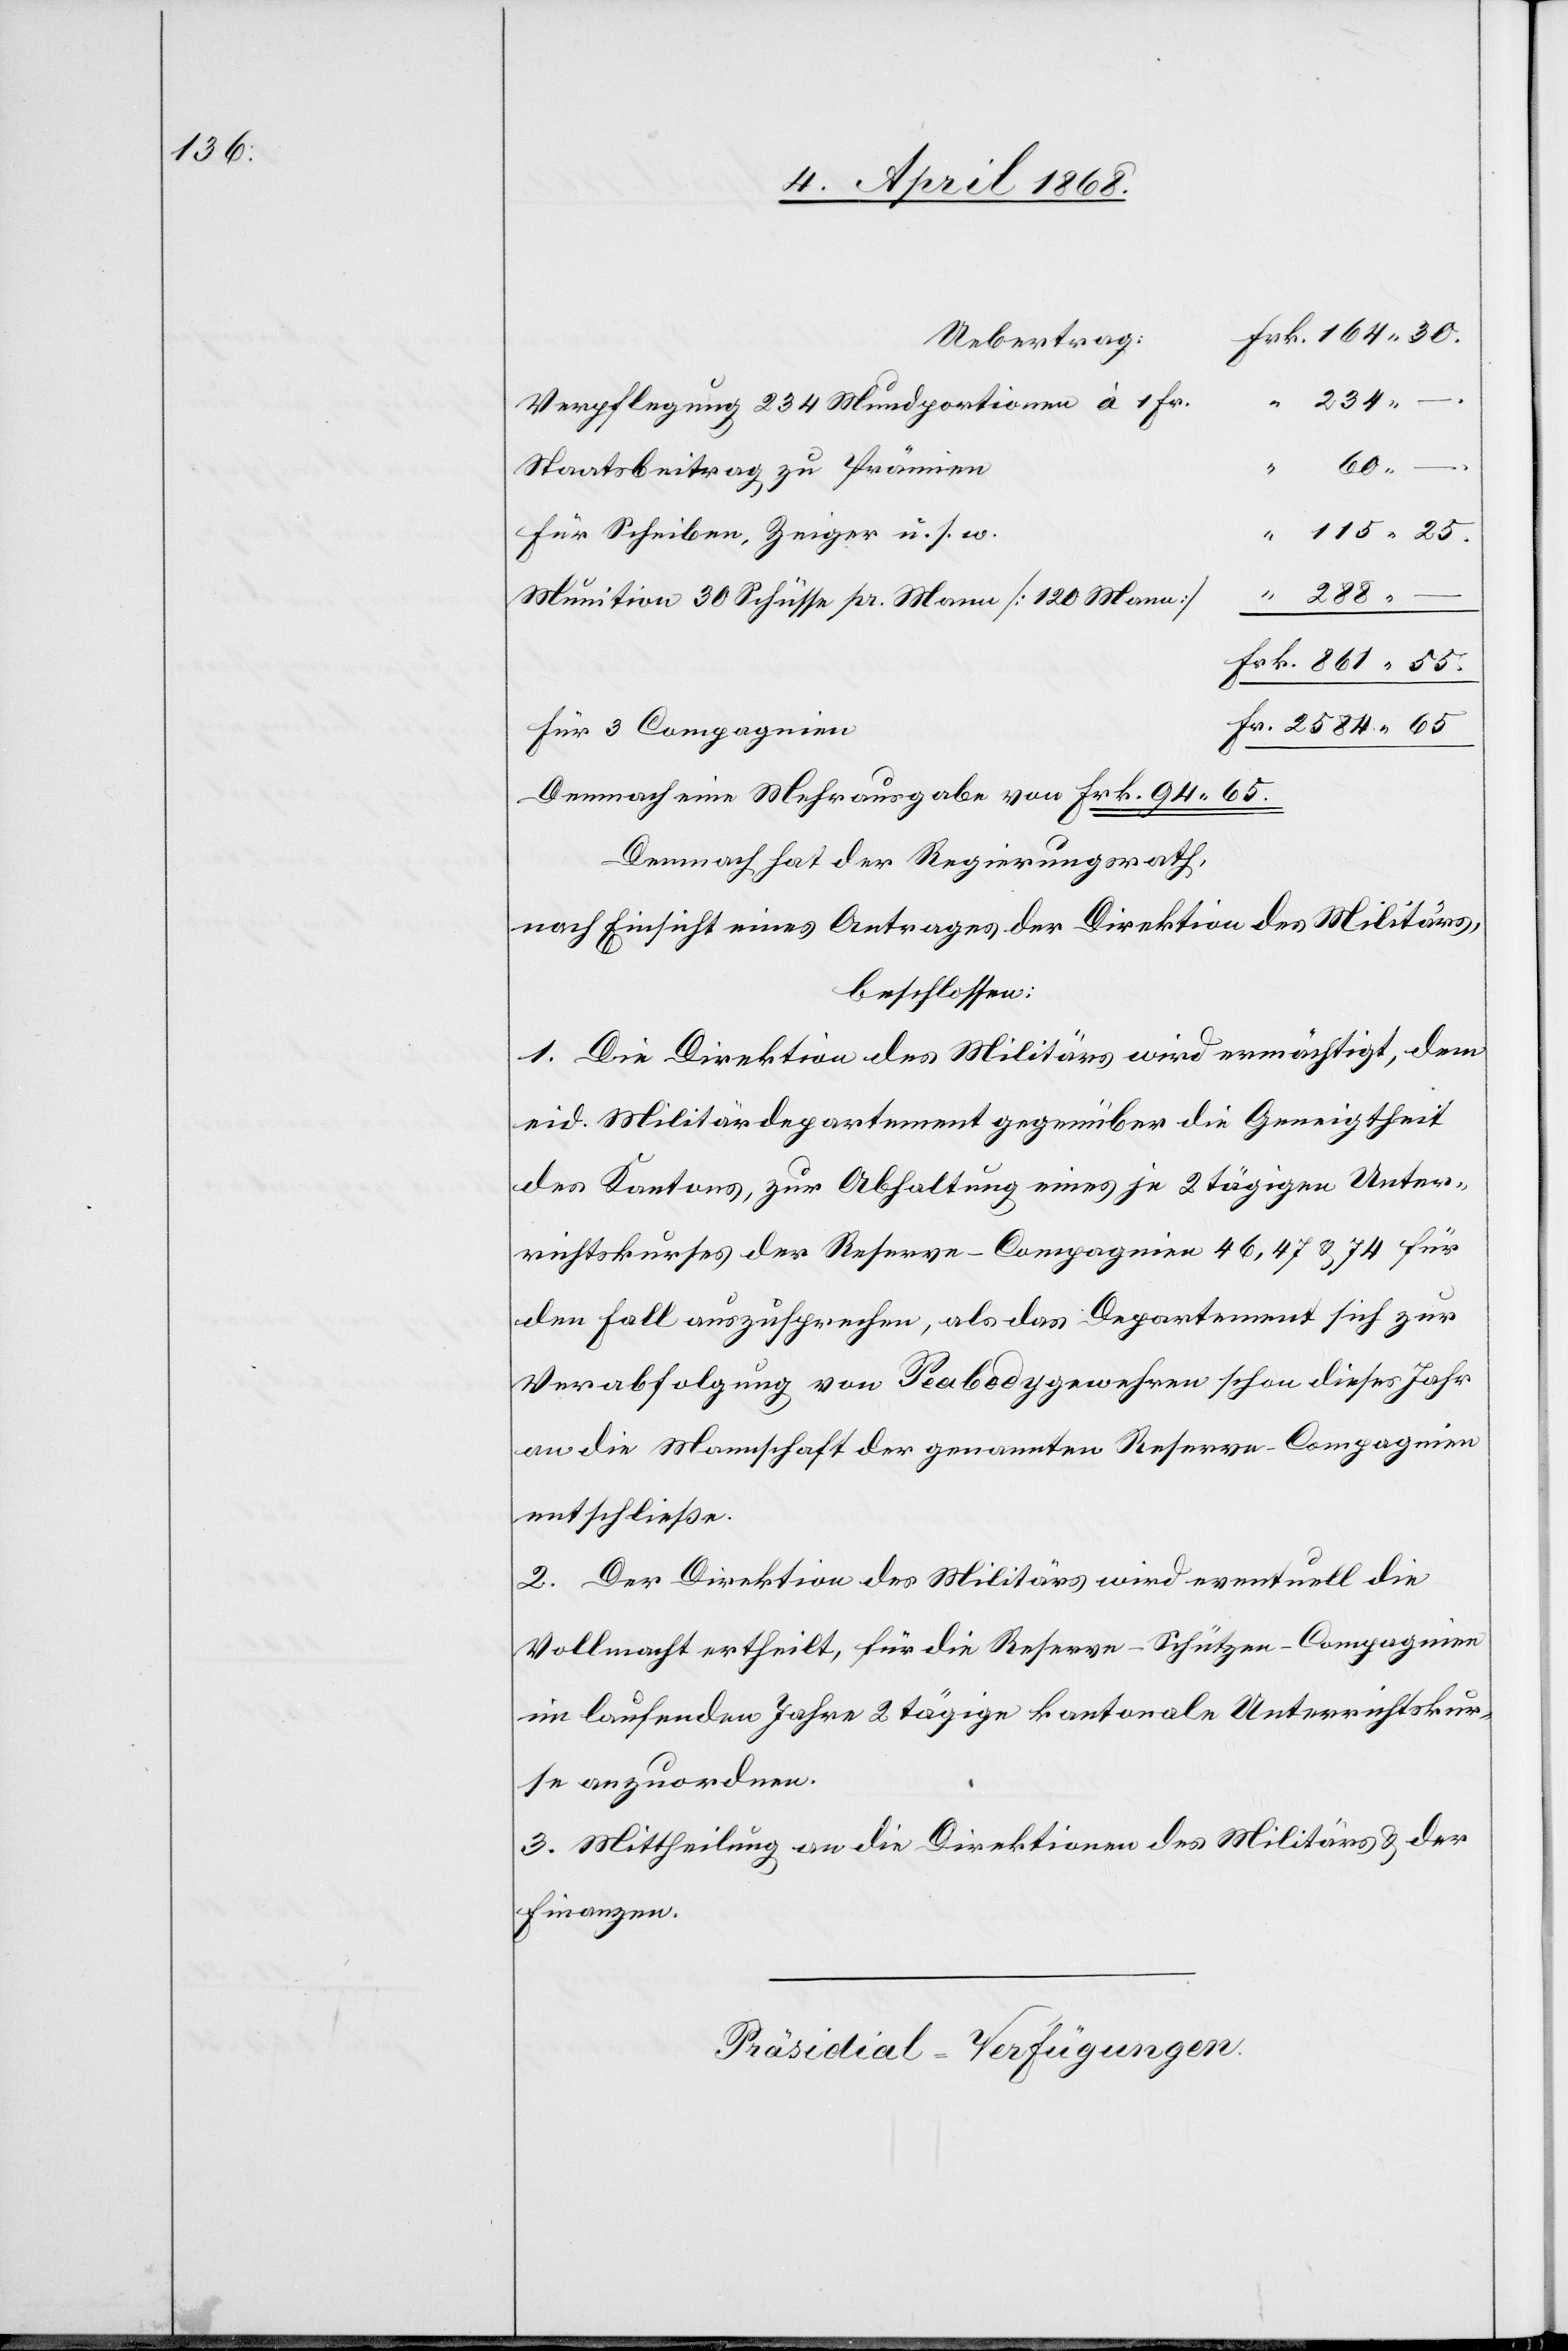
“ 234.
Verpflegung 234 Mundportionen à 1 Fr.
.
60.
Staatsbeitrag zu Prämien
Für Scheiben, Zeiger u. s. w.
“ 115. 25.
“ 288. –
Munition 30 Schüsse pr. Mann [120 Mann]
Frk. 861. 55.
Fr. 2584. 65
Für 3 Compagnien
Demnach eine Mehrausgabe von Frk. 94.
65.
Demnach hat der Regierungsrath,
nach Einsicht eines Antrages der Direktion des Militärs,
beschlossen:
1. Die Direktion des Militärs wird ermächtigt, dem
eid. Militärdepartement gegenüber die Geneigtheit
des Kantons, zur Abhaltung eines je 2 tägigen Unter¬
richtskurses der Reserve-Compagnien 46, 47 & 74 für
den Fall auszusprechen, als das Departement sich zur
Verabfolgung von Peabodygewehren schon dieses Jahr
an die Mannschaft der genannten Reserve-Compagnien
entschließe.
2. Der Direktion des Militärs wird eventuell die
Vollmacht ertheilt, für die Reserve-Schützen-Compagnien
im laufenden Jahre 2 tägige kantonale Unterrichtskur¬
se anzuordnen.
3. Mittheilung an die Direktionen des Militärs & der
Finanzen.
Präsidial-Verfügungen.